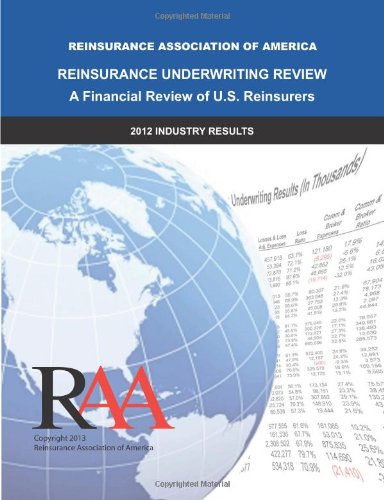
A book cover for Reinsurance Underwriting Review - A Financial Review of U.S. Reinsurers: 2012 Industry Results; Reinsurance Association of America; Business & Money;